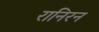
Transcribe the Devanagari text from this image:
रानिरन